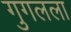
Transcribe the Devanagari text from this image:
गुगलला